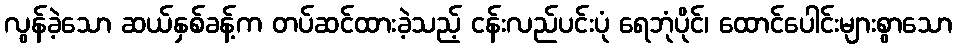
လွန်ခဲ့သော ဆယ်နှစ်ခန့်က တပ်ဆင်ထားခဲ့သည့် ငန်းလည်ပင်းပုံ ရေဘုံပိုင်၊ ထောင်ပေါင်းများစွာသော